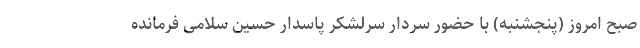
صبح امروز (پنجشنبه) با حضور سردار سرلشکر پاسدار حسین سلامی فرمانده